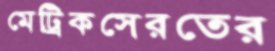
মেট্রিকসেরতের